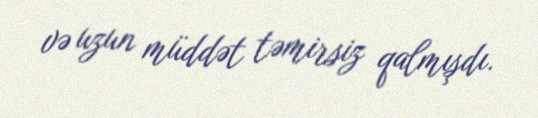
və uzun müddət təmirsiz qalmışdı.